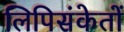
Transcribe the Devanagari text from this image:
लिपिसंकेतों